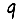
Digit: 9